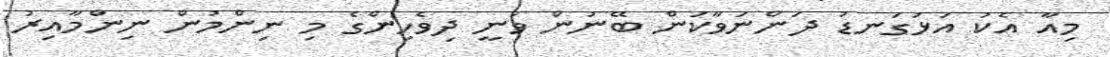
މިއާ އެކު އަޅުގަނޑު ދަންނަވާކަން ބޭނުން ވަނީ ދިވެހިންގެ މި ނިންމުން ނިންމާއިރު